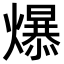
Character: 𪹼